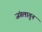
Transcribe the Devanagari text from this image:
जंगलातुन